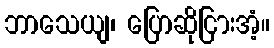
ဘာသေယျ၊ ပြောဆိုငြားအံ့။